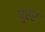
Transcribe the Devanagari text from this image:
पुएर